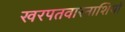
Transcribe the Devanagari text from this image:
खरपतवारनाशियों